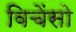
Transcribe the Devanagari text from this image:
विचेंसो